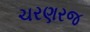
ચરણરજ